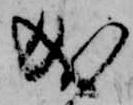
成